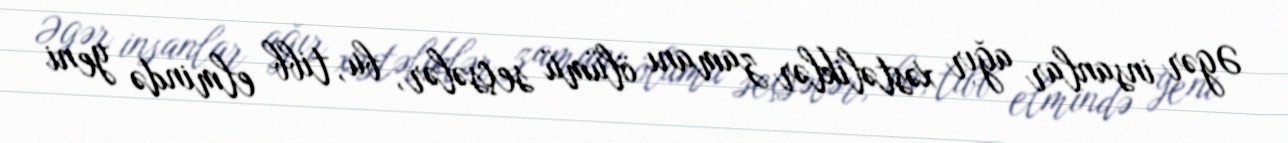
Əgər insanlar ağır xəstəliklər zamanı ölümü seçsələr, bu, tibb elmində yeni